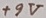
Text: +9V